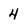
Character: 4